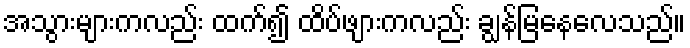
အသွားများကလည်း ထက်၍ ထိပ်ဖျားကလည်း ချွန်မြနေလေသည်။